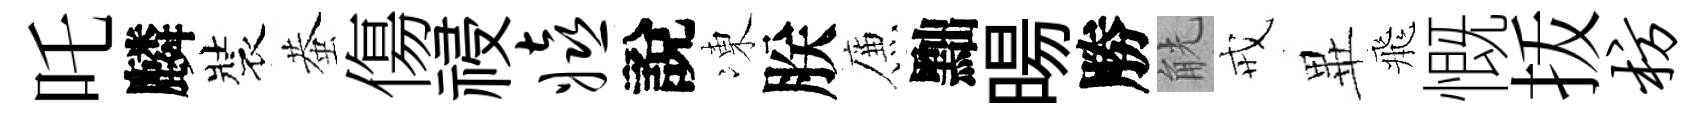
吒麟裝蛬傷祲嬉說凍朕簾黜暘勝觥戒𭺾飛慨㧞枋